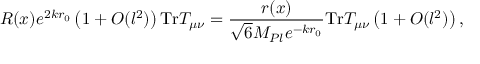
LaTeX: R ( x ) e ^ { 2 k r _ { 0 } } \left( 1 + { \cal O } ( l ^ { 2 } ) \right) \mathrm { T r } T _ { \mu \nu } = \frac { r ( x ) } { \sqrt { 6 } M _ { P l } e ^ { - k r _ { 0 } } } \mathrm { T r } T _ { \mu \nu } \left( 1 + { \cal O } ( l ^ { 2 } ) \right) ,